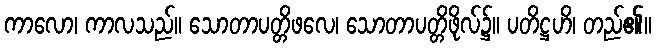
ကာလော၊ ကာလသည်။ သောတာပတ္တိဖလေ၊ သောတာပတ္တိဖိုလ်၌။ ပတိဋ္ဌဟိ၊ တည်၏။